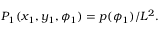
\begin{array} { r } { P _ { 1 } ( x _ { 1 } , y _ { 1 } , \phi _ { 1 } ) = p ( \phi _ { 1 } ) / L ^ { 2 } . } \end{array}